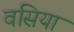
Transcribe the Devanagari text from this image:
वसिया